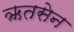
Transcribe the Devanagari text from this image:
ऋतसेन